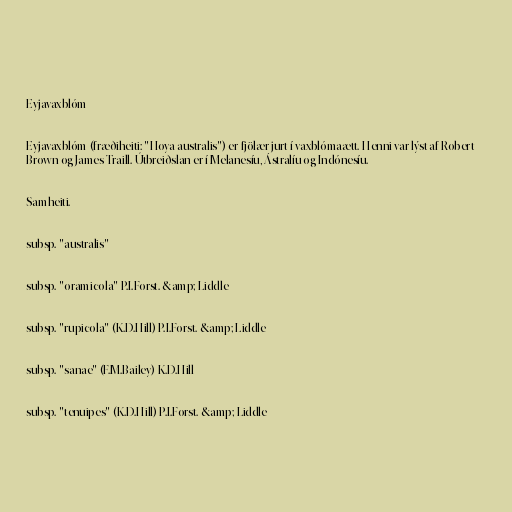
Eyjavaxblóm

Eyjavaxblóm (fræðiheiti: "Hoya australis") er fjölær jurt í vaxblómaætt. Henni var lýst af Robert
Brown og James Traill. Útbreiðslan er í Melanesíu, Ástralíu og Indónesíu.

Samheiti.

subsp. "australis"

subsp. "oramicola" P.I.Forst. &amp; Liddle

subsp. "rupicola" (K.D.Hill) P.I.Forst. &amp; Liddle

subsp. "sanae" (F.M.Bailey) K.D.Hill

subsp. "tenuipes" (K.D.Hill) P.I.Forst. &amp; Liddle